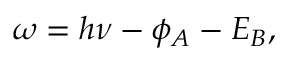
\omega = h \nu - \phi _ { A } - E _ { B } ,